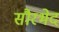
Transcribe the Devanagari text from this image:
सौरभेद